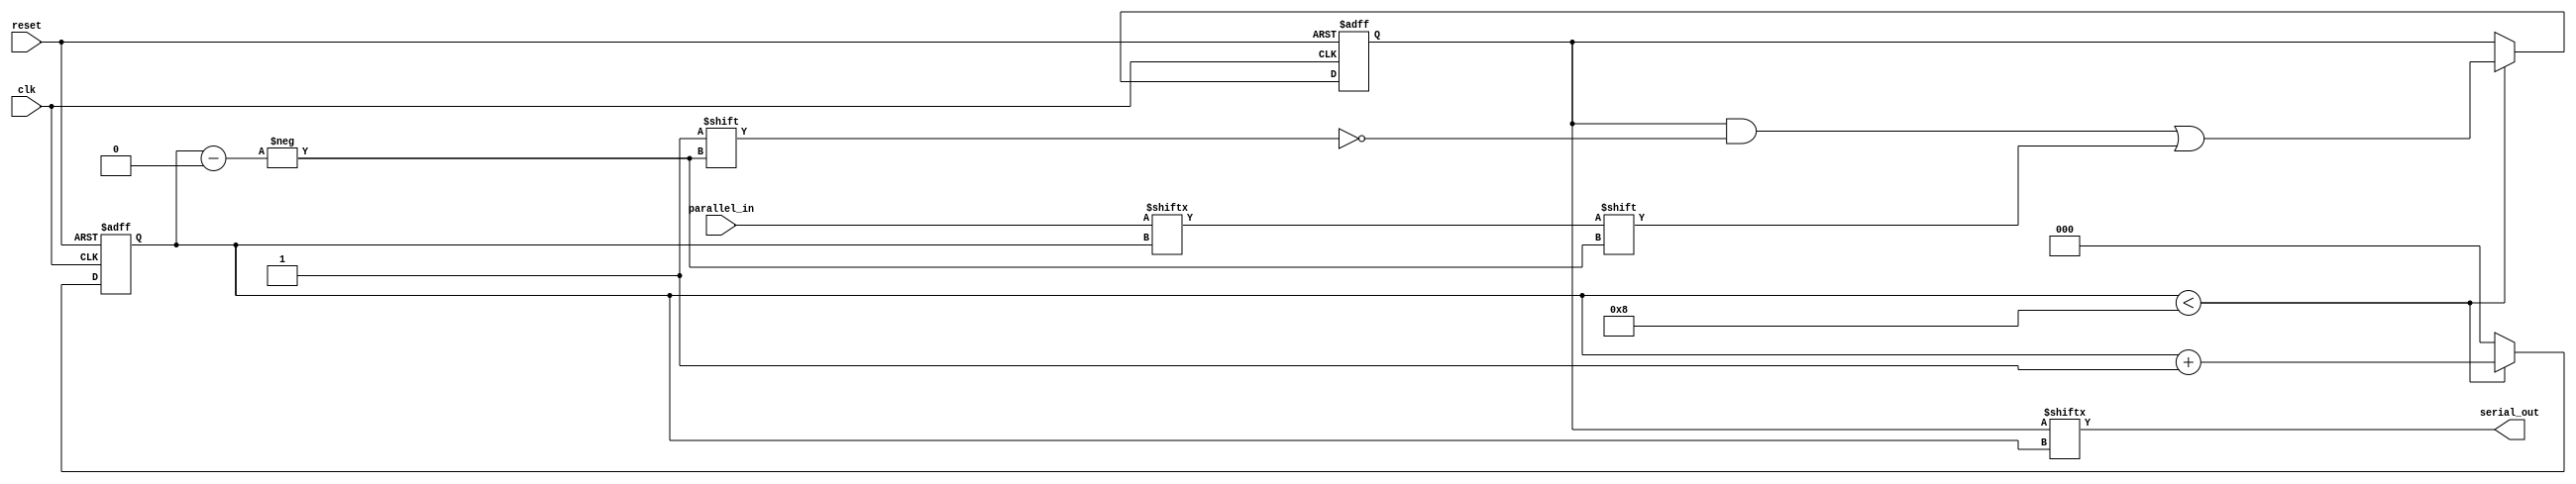
module parallel_in_serial_out_register (
    input clk,
    input reset,
    input [7:0] parallel_in,
    output serial_out
);

reg [7:0] internal_reg;
reg [2:0] count;

always @(posedge clk or posedge reset) begin
    if (reset) begin
        internal_reg <= 8'b0;
        count <= 3'b0;
    end else begin
        if (count < 8) begin
            internal_reg[count] <= parallel_in[count];
            count <= count + 1;
        end else begin
            count <= 3'b0;
        end
    end
end

assign serial_out = internal_reg[count];

endmodule